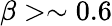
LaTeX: \beta>\sim 0.6